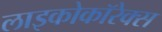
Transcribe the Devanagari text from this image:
लाइकोकॉरेक्स